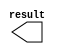
// megafunction wizard: %LPM_CONSTANT%VBB%
// GENERATION: STANDARD
// VERSION: WM1.0
// MODULE: LPM_CONSTANT 

// ============================================================
// Megafunction Name(s):
// 			LPM_CONSTANT
//
// Simulation Library Files(s):
// 			lpm
// ============================================================
// ************************************************************
// THIS IS A WIZARD-GENERATED FILE. DO NOT EDIT THIS FILE!
//
// 18.1.0 Build 625 09/12/2018 SJ Standard Edition
// ************************************************************

//Copyright (C) 2018  Intel Corporation. All rights reserved.
//Your use of Intel Corporation's design tools, logic functions 
//and other software and tools, and its AMPP partner logic 
//functions, and any output files from any of the foregoing 
//(including device programming or simulation files), and any 
//associated documentation or information are expressly subject 
//to the terms and conditions of the Intel Program License 
//Subscription Agreement, the Intel Quartus Prime License Agreement,
//the Intel FPGA IP License Agreement, or other applicable license
//agreement, including, without limitation, that your use is for
//the sole purpose of programming logic devices manufactured by
//Intel and sold by Intel or its authorized distributors.  Please
//refer to the applicable agreement for further details.

module const_ip (
	result);

	output	[1:0]  result;

endmodule

// ============================================================
// CNX file retrieval info
// ============================================================
// Retrieval info: PRIVATE: INTENDED_DEVICE_FAMILY STRING "Stratix V"
// Retrieval info: PRIVATE: JTAG_ENABLED NUMERIC "1"
// Retrieval info: PRIVATE: JTAG_ID STRING "intr"
// Retrieval info: PRIVATE: Radix NUMERIC "2"
// Retrieval info: PRIVATE: SYNTH_WRAPPER_GEN_POSTFIX STRING "0"
// Retrieval info: PRIVATE: Value NUMERIC "0"
// Retrieval info: PRIVATE: nBit NUMERIC "2"
// Retrieval info: PRIVATE: new_diagram STRING "1"
// Retrieval info: LIBRARY: lpm lpm.lpm_components.all
// Retrieval info: CONSTANT: LPM_CVALUE NUMERIC "0"
// Retrieval info: CONSTANT: LPM_HINT STRING "ENABLE_RUNTIME_MOD=YES, INSTANCE_NAME=intr"
// Retrieval info: CONSTANT: LPM_TYPE STRING "LPM_CONSTANT"
// Retrieval info: CONSTANT: LPM_WIDTH NUMERIC "2"
// Retrieval info: USED_PORT: result 0 0 2 0 OUTPUT NODEFVAL "result[1..0]"
// Retrieval info: CONNECT: result 0 0 2 0 @result 0 0 2 0
// Retrieval info: GEN_FILE: TYPE_NORMAL const_ip.v TRUE
// Retrieval info: GEN_FILE: TYPE_NORMAL const_ip.inc FALSE
// Retrieval info: GEN_FILE: TYPE_NORMAL const_ip.cmp FALSE
// Retrieval info: GEN_FILE: TYPE_NORMAL const_ip.bsf FALSE
// Retrieval info: GEN_FILE: TYPE_NORMAL const_ip_inst.v TRUE
// Retrieval info: GEN_FILE: TYPE_NORMAL const_ip_bb.v TRUE
// Retrieval info: LIB_FILE: lpm